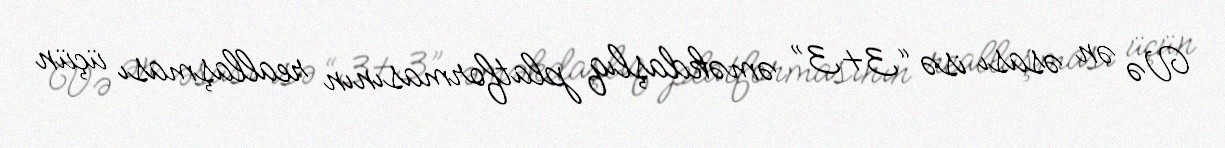
Və ən əsası isə “3+3” əməkdaşlıq platformasının reallaşması üçün